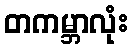
တကမ္ဘာလုံး